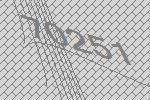
70251